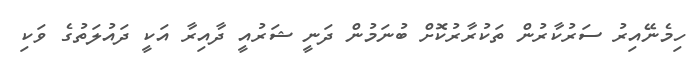
ހިމެނޭއިރު ސަރުކާރުން ތަކުރާރުކޮށް ބުނަމުން ދަނީ ޝަރުއީ ދާއިރާ އަކީ ދައުލަތުގެ ވަކި